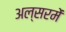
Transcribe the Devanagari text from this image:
अल्सरमें